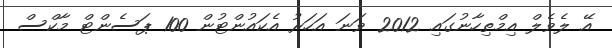
އޭ ލެވެލް އިމްތިހާނުގައި 2012 ވަނަ އަހަރު އެކައުންޓުން 100 ޕަސެންޓް މާކްސް